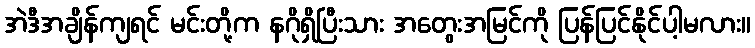
အဲဒီအချိန်ကျရင် မင်းတို့က နဂိုရှိပြီးသား အတွေးအမြင်ကို ပြန်ပြင်နိုင်ပါ့မလား။